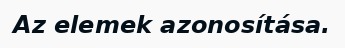
Az elemek azonosítása.